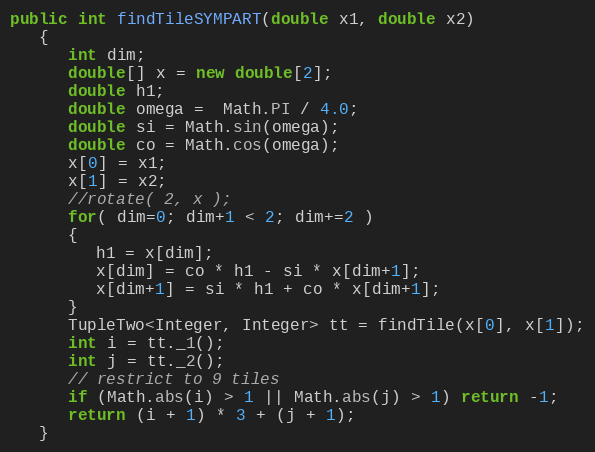
Language: Java
public int findTileSYMPART(double x1, double x2)
   {
      int dim;
      double[] x = new double[2];
      double h1;
      double omega =  Math.PI / 4.0;
      double si = Math.sin(omega);
      double co = Math.cos(omega);
      x[0] = x1;
      x[1] = x2;
      //rotate( 2, x );
      for( dim=0; dim+1 < 2; dim+=2 )
      {
         h1 = x[dim];
         x[dim] = co * h1 - si * x[dim+1];
         x[dim+1] = si * h1 + co * x[dim+1];
      }
      TupleTwo<Integer, Integer> tt = findTile(x[0], x[1]);
      int i = tt._1();
      int j = tt._2();
      // restrict to 9 tiles
      if (Math.abs(i) > 1 || Math.abs(j) > 1) return -1;
      return (i + 1) * 3 + (j + 1);
   }